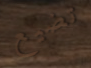
تضيع